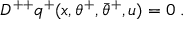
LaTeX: D ^ { + + } q ^ { + } ( x , \theta ^ { + } , \bar { \theta } ^ { + } , u ) = 0 \; .